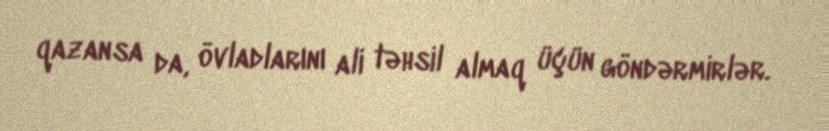
qazansa da, övladlarını ali təhsil almaq üçün göndərmirlər.